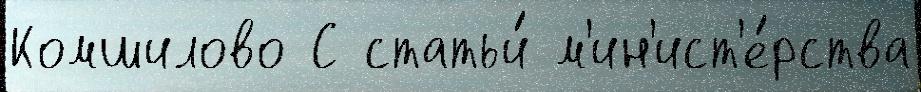
Комшилово С статьи́ м'ин'ист'е́рства